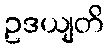
ဥဒယျတိ